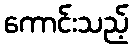
ကောင်းသည့်